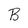
Character: B